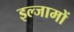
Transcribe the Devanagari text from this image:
इल्जामों